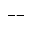
--